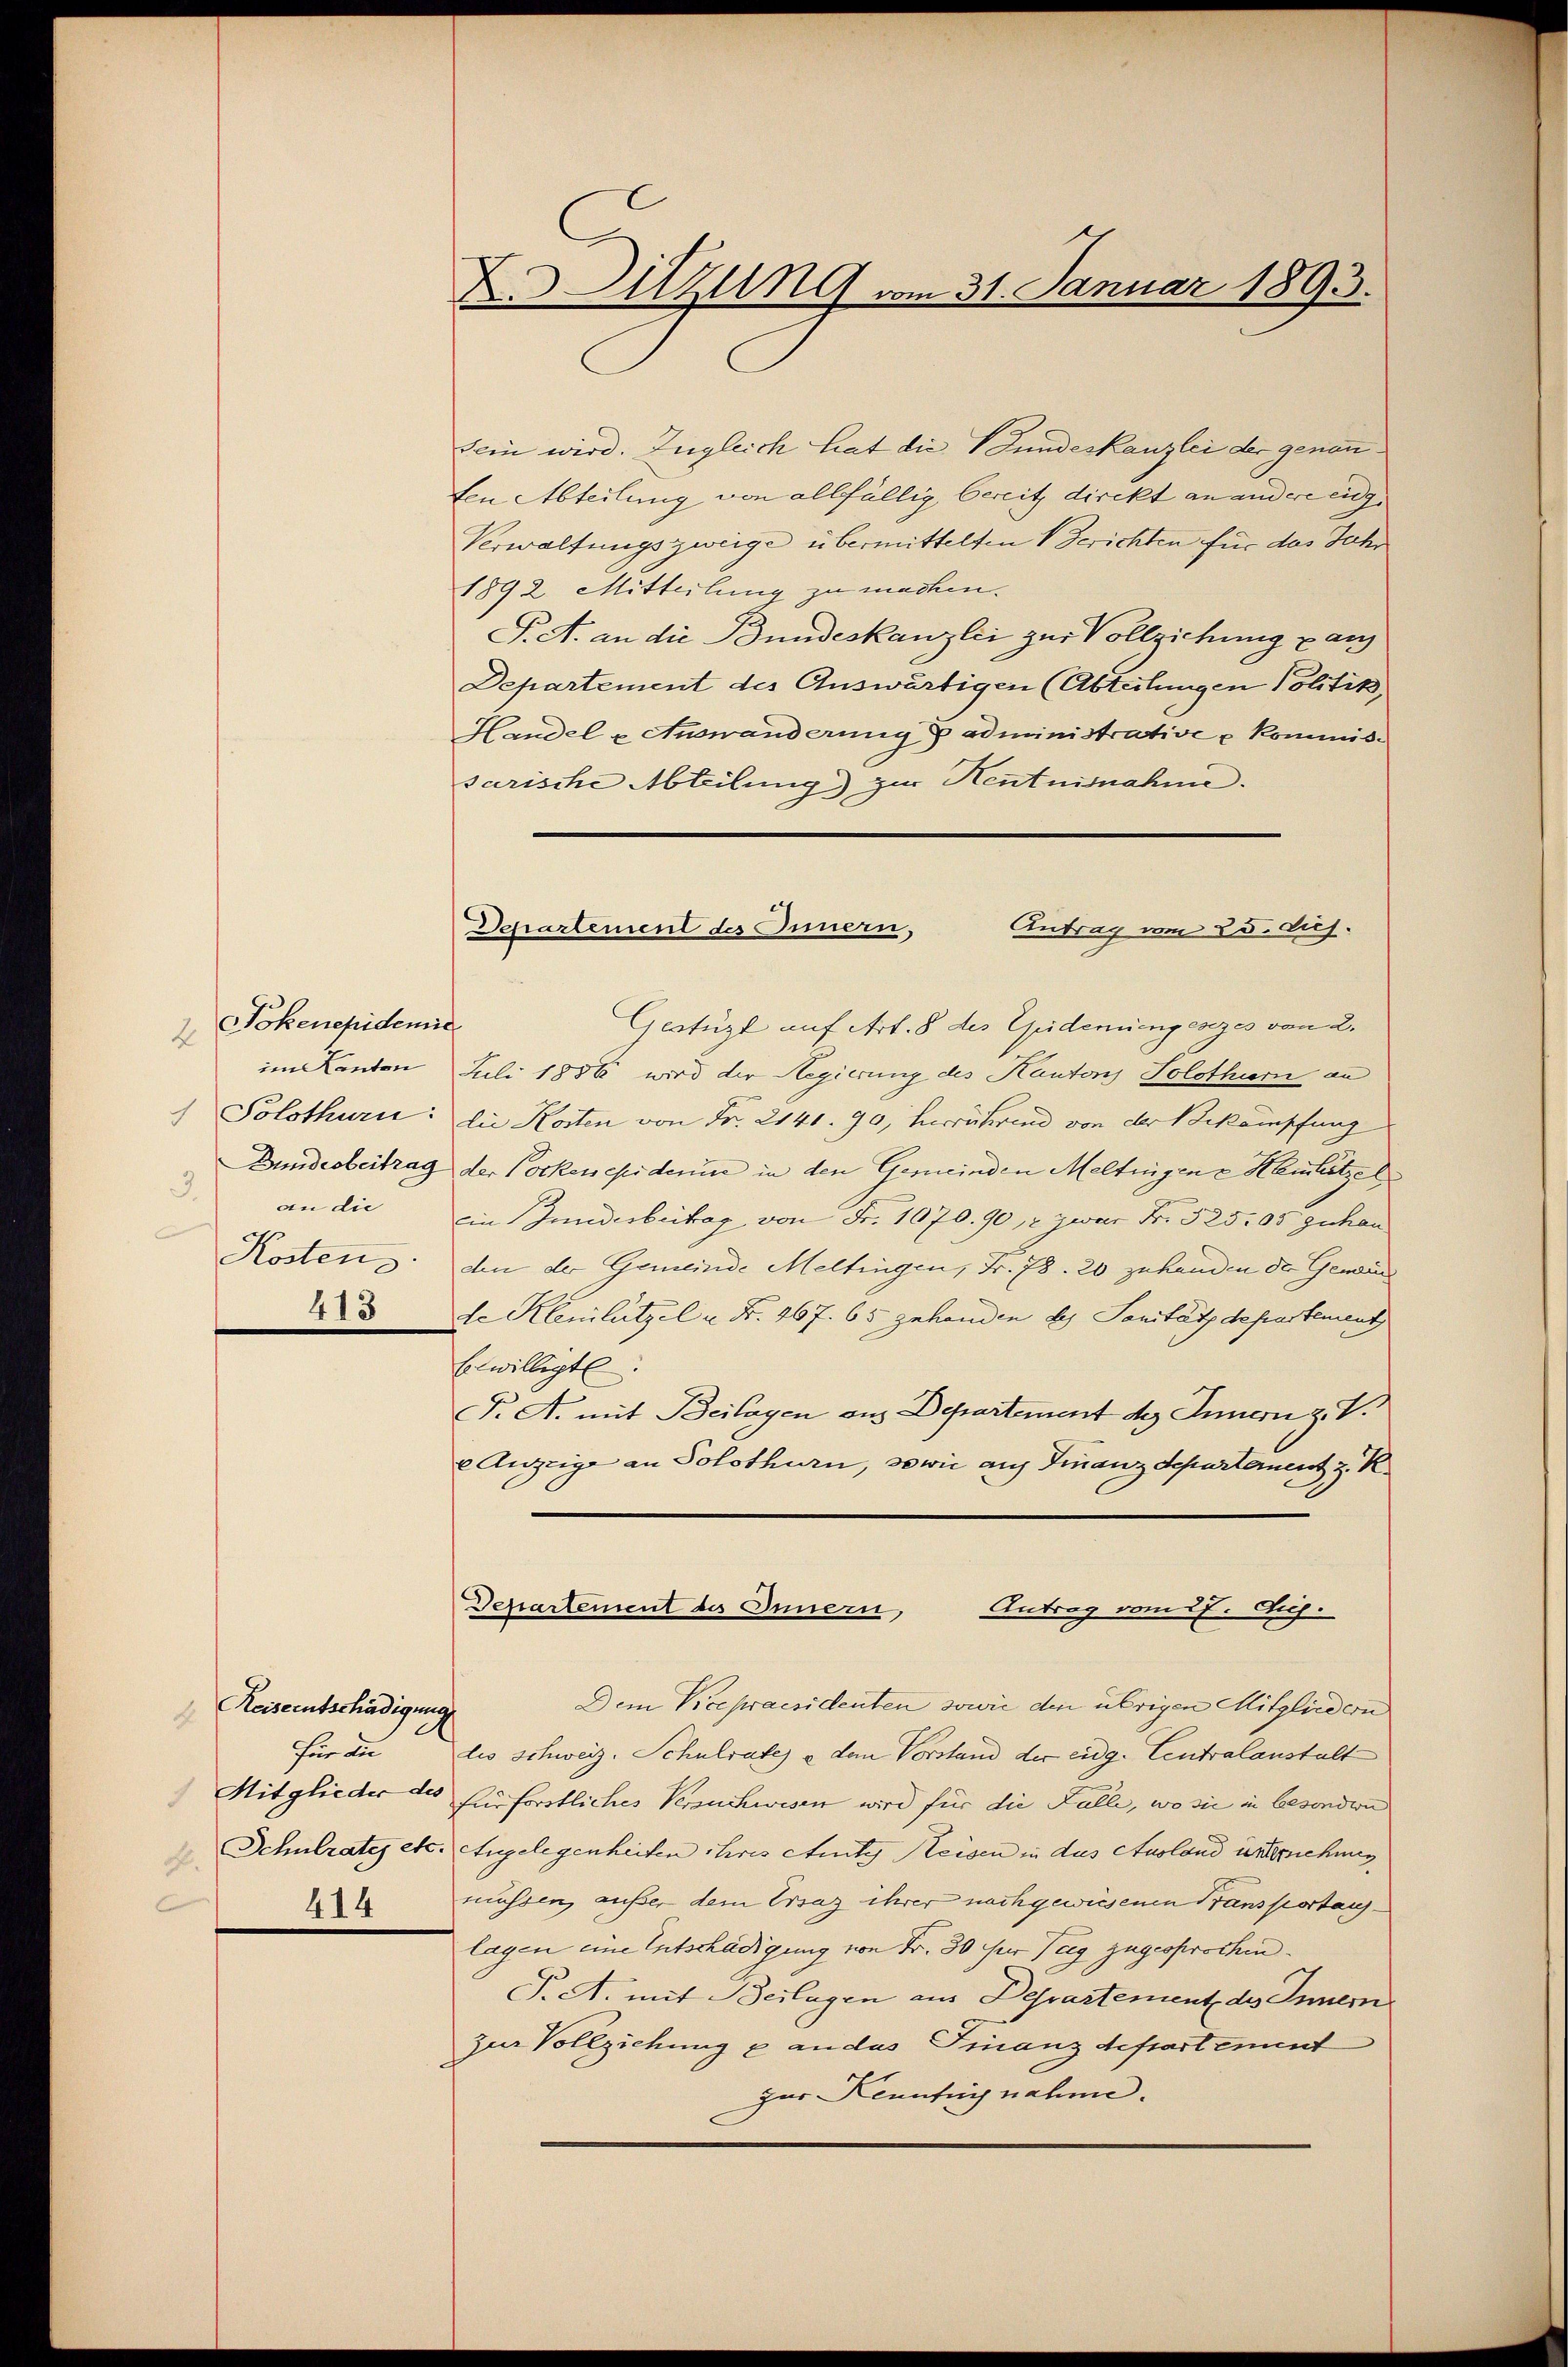
4
im Kanton
Solothurn:
Bundesbeitrag
 an die
Kostens
413

Jokenepidemi

Reiseentschädigung
E
Für die
414

D Sitzung vom 31. Januar 1893.

sein wird. Zugleich hat die Fundeskanzlei der genau
ten Abteilung von allfällig bereitz direkt an andere eig
Verwaltungszweige übermittelten V. Gerichten für das Jahr
1892. Mitteilung zu machen.
T. A. an die Bundeskanzlei zur Vollziehung gan
Departement des Auswärtigen (Abteilungen Politik,
Handel u. Auswanderung u administrative u Kommissarische Abteilung) zur Henntnisnahme.

Departement des Innern,
Antrag vom 25. dich.

Gestüzt auf Art. 8 des Epidemiengesezes von 2.
d
Juli 1856 wird der Regierung des Kantons Solothurn an
die Kosten von Fr. 2141. 90, herrührend von der Bekämpfung
der Pockenepiderin in den Gemeinden Meltingen u Hemlitzel
Ein Gundesbeitrag von Fr. 1070. 90, zwar Fr. 525. 05 gehan
den der Gemeinde Meltingen, Fr. 78. 20 zuhanden der Gewänd
de Kleinlützel u. Fr. 267. 65 gehanden des Sanität departement
Eiwilligte.
F. A. mit Beilagen ans Departement des Innern z. V.
e Anzeige an Solothurn, sowie auf Finanzdepartement z. K
Departement des Innern, Antrag vom 27. C.
Dem Vicepraesidenten sowie den übrigen Mitgliedern
dis schweiz. Schulrate e dem Vorstand der eidg. Centralanstalt
Mitglieder des fürforstliches Versuchwesen wird für die Falle, wo sie in besondern
Schulrates etc. Angelegenheiten ihres Amte Reisen in das Ausland unternehmen
müssen, außer dem Ersatz ihrer nach gewiesenen Transportauslagen eine Entschädigung von Fr. 30 für Tag zugesprochen¬
T. A. mit Beilagen aus Departement des Inner
zur Vollziehung u an das Finanzdepartement
zur Kenntny nahme.